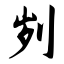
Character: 刿